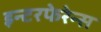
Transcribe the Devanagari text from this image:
इन्टरफेरेन्स